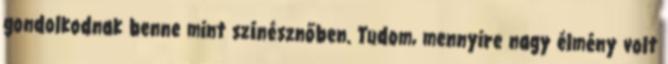
gondolkodnak benne mint színésznőben. Tudom, mennyire nagy élmény volt